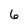
Character: 6